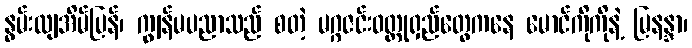
နွမ်းလျအိမ်ပြန်၊ ကျွန်မပညာသည် စတဲ့ မဂ္ဂဇင်းဝတ္ထုရှည်တွေကနေ မောင်ကိုကိုနဲ့ မြနန္ဒာ၊